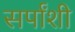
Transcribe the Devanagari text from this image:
सर्पांशी